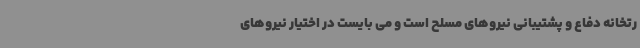
رتخانه دفاع و پشتیبانی نیروهای مسلح است و می بایست در اختیار نیروهای